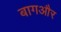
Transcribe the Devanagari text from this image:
बागऔर